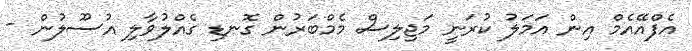
އެފްއޭއެމް އިން އަމަލު ކުރަނީ މަޖިލިސް މެމްބަރުން ގޮނޑި ގެއްލުވާލި އުސޫލުން -